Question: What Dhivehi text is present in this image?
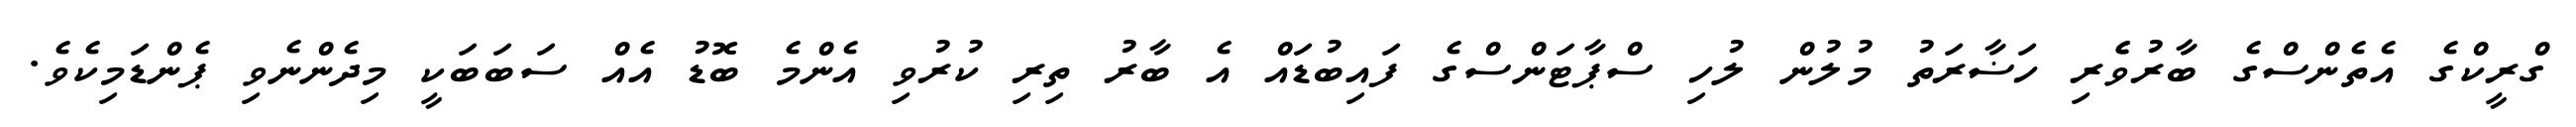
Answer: ގްރީކްގެ އެތެންސްގެ ބާރުވެެރި ހަޟާރަތު މުލުން ލުހި ސްޕާޓަންސްގެ ފައިބުޑައް އެ ބާރު ތިރި ކުރުވި އެންމެ ބޮޑު އެއް ސަބަބަކީ މިދެންނެވި ޕެންޑަމިކެވެ.